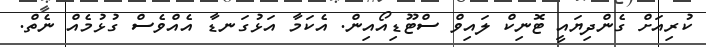
ކުރިއަށް ގެންދިޔައީ ޓޮނިކް ލައިވް ސްޓޫޑިއޯއިން. އެކަމާ އަޅުގަނޑާ އެއްވެސް ގުޅުމެއް ނެތް.